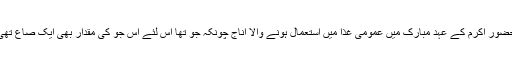
حضور اکرم ؐکے عہد مبارک میں عمومی غذا میں استعمال ہونے والا اناج چونکہ جو تھا اس لئے اس جو کی مقدار بھی ایک صاع تھی۔